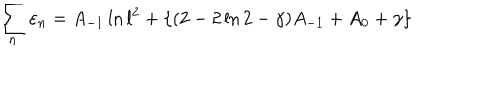
\sum _ { n } \varepsilon _ { n } = A _ { - 1 } \ln l ^ { 2 } + \{ ( 2 - 2 \ln 2 - \gamma ) A _ { - 1 } + A _ { 0 } + \gamma \}